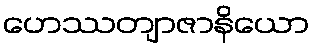
ဟေဿတျာဇာနိယော